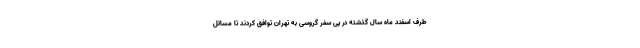
طرف اسفند ماه سال گذشته در پی سفر گروسی به تهران توافق کردند تا مسائل